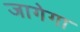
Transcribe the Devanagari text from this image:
जागेगा